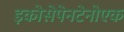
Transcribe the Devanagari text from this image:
इकोसेपेनटेनोएक